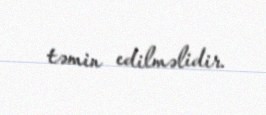
təmin edilməlidir.